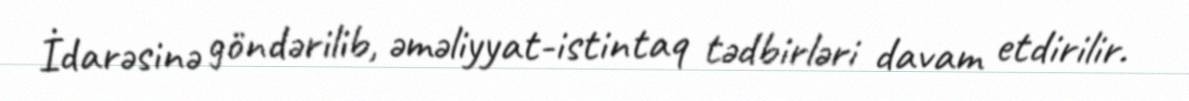
İdarəsinə göndərilib, əməliyyat-istintaq tədbirləri davam etdirilir.